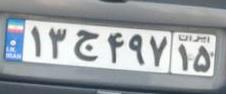
۱۳ج۴۹۷۱۵